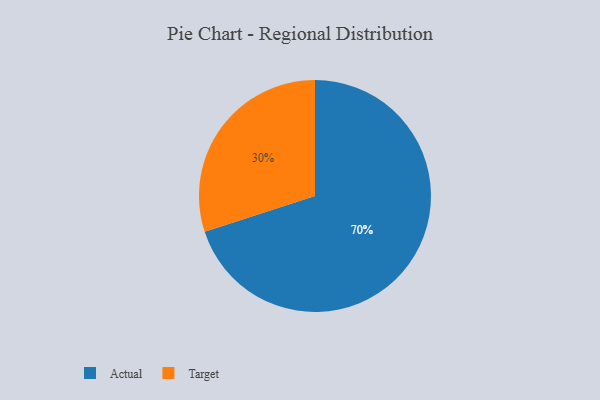
{"axis": {"x": "Category", "y": "Percentage"}, "legend": ["Actual", "Target"], "data": [{"x": "Target", "y": 30, "type": "Target"}, {"x": "Actual", "y": 70, "type": "Actual"}]}